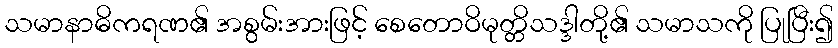
သမာနာဓိကရဏ၏ အစွမ်းအားဖြင့် စေတောဝိမုတ္တိသဒ္ဒါတို့၏ သမာသကို ပြုပြီး၍